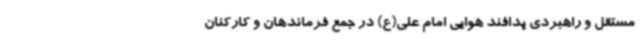
مستقل و راهبردی پدافند هوایی امام علی(ع) در جمع فرماندهان و کارکنان